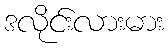
ဒလိုင်းလားမား